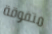
متفوقة